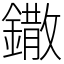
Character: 鏾